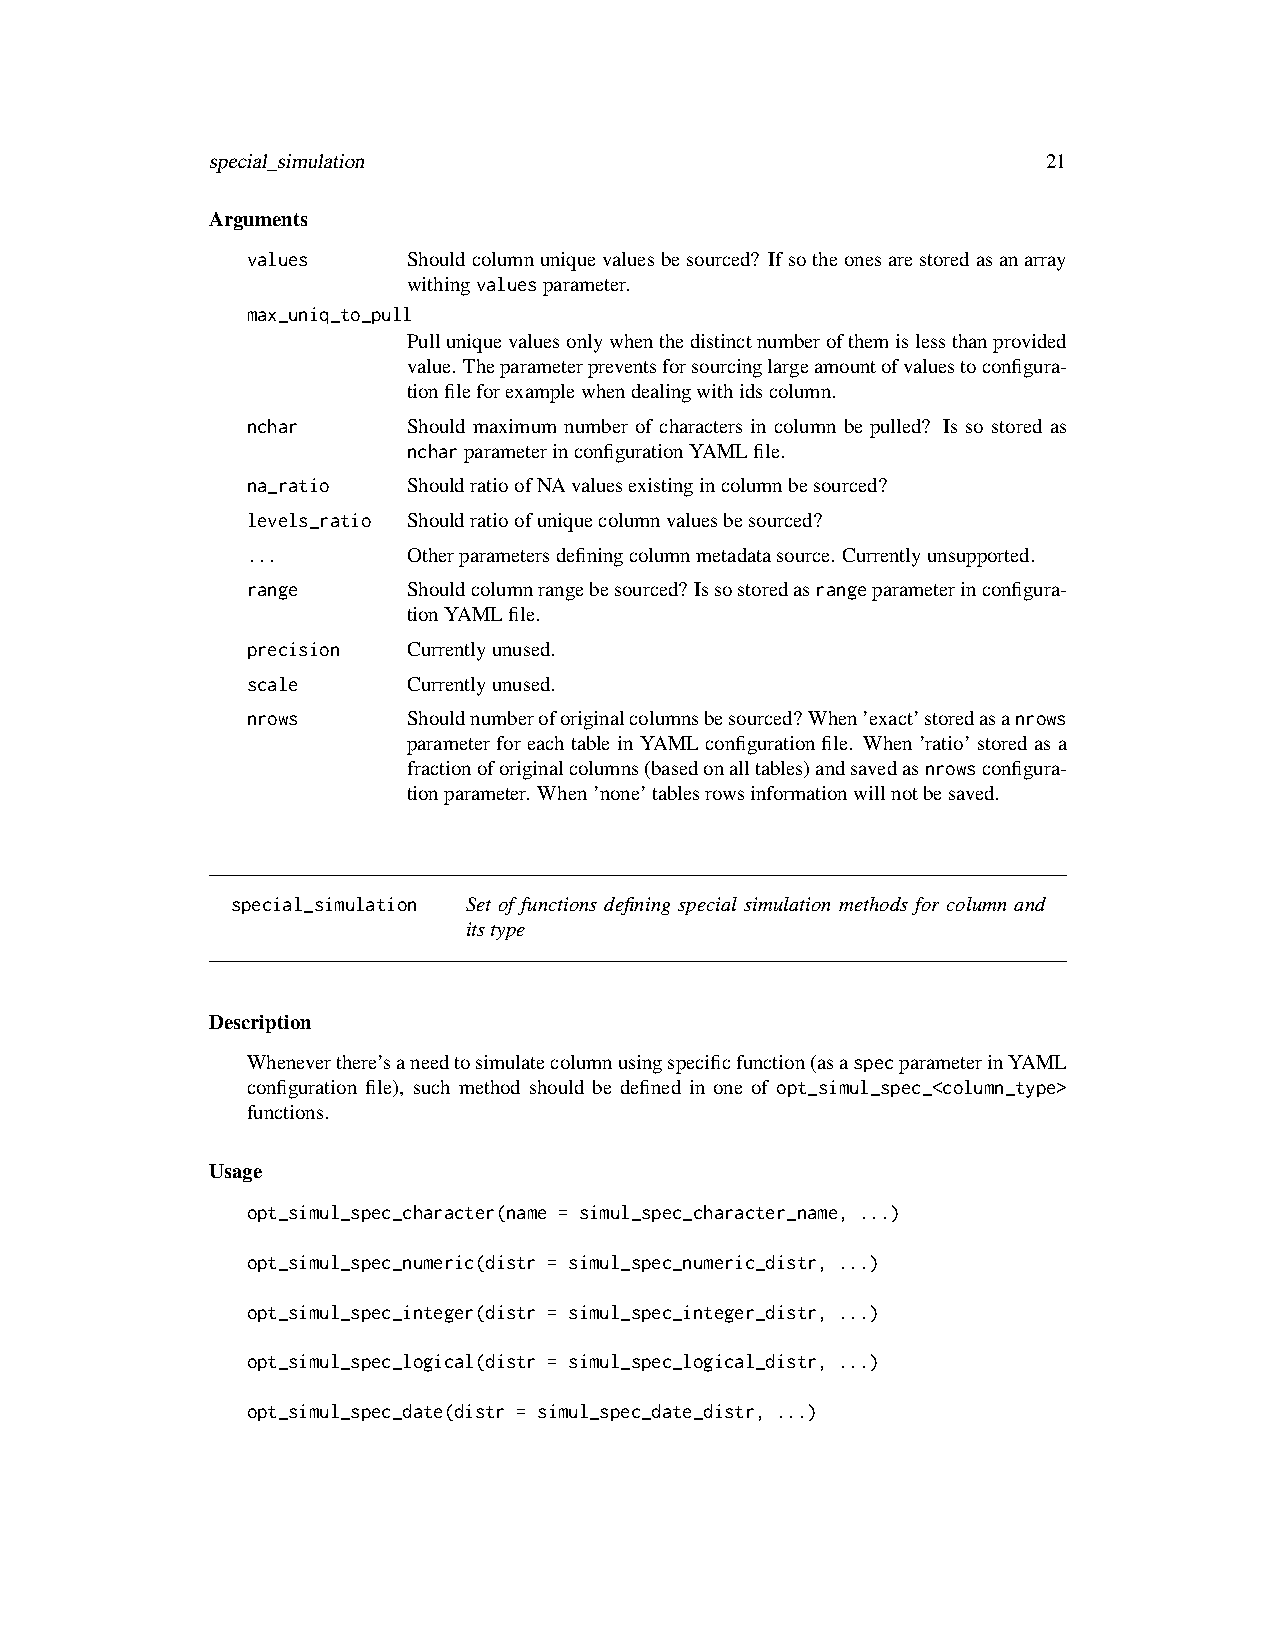
special_simulation                                     21
 Arguments
 values     Shouldcolumnuniquevaluesbesourced? Ifsotheonesarestoredasanarray
 withingvaluesparameter.
 max_uniq_to_pull
 Pulluniquevaluesonlywhenthedistinctnumberofthemislessthanprovided
 value. Theparameterpreventsforsourcinglargeamountofvaluestoconfigura-
 tionfileforexamplewhendealingwithidscolumn.
 nchar      Should maximum number of characters in column be pulled? Is so stored as
 ncharparameterinconfigurationYAMLfile.
 na_ratio   ShouldratioofNAvaluesexistingincolumnbesourced?
 levels_ratio Shouldratioofuniquecolumnvaluesbesourced?
 ...        Otherparametersdefiningcolumnmetadatasource. Currentlyunsupported.
 range      Shouldcolumnrangebesourced? Issostoredasrangeparameterinconfigura-
 tionYAMLfile.
 precision  Currentlyunused.
 scale      Currentlyunused.
 nrows      Shouldnumberoforiginalcolumnsbesourced?When’exact’storedasanrows
 parameter for each table in YAML configuration file. When ’ratio’ stored as a
 fractionoforiginalcolumns(basedonalltables)andsavedasnrowsconfigura-
 tionparameter. When’none’tablesrowsinformationwillnotbesaved.
 special_simulation Set of functions defining special simulation methods for column and
 itstype
 Description
 Wheneverthere’saneedtosimulatecolumnusingspecificfunction(asaspecparameterinYAML
 configuration file), such method should be defined in one of opt_simul_spec_<column_type>
 functions.
 Usage
 opt_simul_spec_character(name = simul_spec_character_name, ...)
 opt_simul_spec_numeric(distr = simul_spec_numeric_distr, ...)
 opt_simul_spec_integer(distr = simul_spec_integer_distr, ...)
 opt_simul_spec_logical(distr = simul_spec_logical_distr, ...)
 opt_simul_spec_date(distr = simul_spec_date_distr, ...)